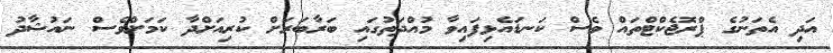
އަދި އެތަނުގެ ޕްރޮޖެކްޓްތައް ވެސް ކަނޑައެޅިފައިވާ މުއްދަތުގައި ބަރާބަރަށް ކުރިއަށްދާ ކަމަށްވެސް ނައުޝާދު